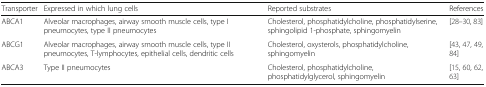
<table><thead><tr><td><b>Transporter</b></td><td><b>Expressed in which lung cells</b></td><td><b>Reported substrates</b></td><td><b>References</b></td></tr></thead><tbody><tr><td>ABCA1</td><td>Alveolar macrophages, airway smooth muscle cells, type I pneumocytes, type II pneumocytes</td><td>Cholesterol, phosphatidylcholine, phosphatidylserine, sphingolipid 1-phosphate, sphingomyelin</td><td>[28–30, 83]</td></tr><tr><td>ABCG1</td><td>Alveolar macrophages, airway smooth muscle cells, type II pneumocytes, T-lymphocytes, epithelial cells, dendritic cells</td><td>Cholesterol, oxysterols, phosphatidylcholine, sphingomyelin</td><td>[43, 47, 49, 84]</td></tr><tr><td>ABCA3</td><td>Type II pneumocytes</td><td>Cholesterol, phosphatidylcholine, phosphatidylglycerol, sphingomyelin</td><td>[15, 60, 62, 63]</td></tr></tbody></table>